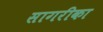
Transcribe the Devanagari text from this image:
सागरीका